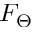
F _ { \Theta }